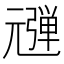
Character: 𰐠